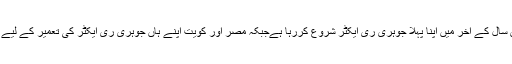
متحدہ عرب امارات اس سال کے آخر میں اپنا پہلا جوہری ری ایکٹر شروع کررہا ہےجبکہ مصر اور کویت اپنے ہاں جوہری ری ایکٹر کی تعمیر کے لیے بات چیت کررہے ہیں۔